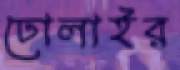
ঢোলাইর